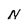
Character: N